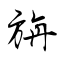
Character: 旃